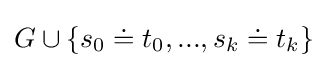
G\cup \{s_{0}\doteq t_{0},...,s_{k}\doteq t_{k}\}